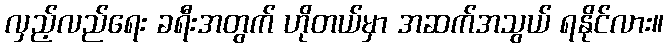
လှည့်လည်ရေး ခရီးအတွက် ဟိုတယ်မှာ အဆက်အသွယ် ရနိုင်လား။